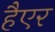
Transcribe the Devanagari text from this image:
हैएर